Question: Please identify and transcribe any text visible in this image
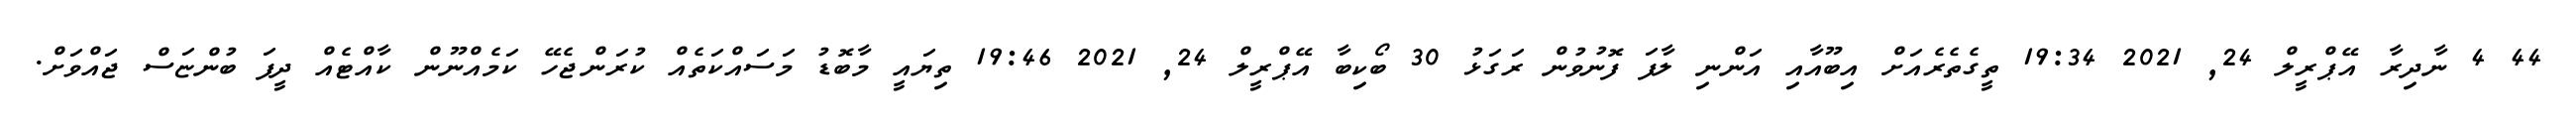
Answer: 44 4 ނާދިރާ އޭޕްރީލް 24, 2021 19:34 ތީގެތެރެއަށް އިބޫއާއި އަންނި ލާފަ ފޮނުވުން ރަގަޅު 30 ބޯކިބާ އޭޕްރީލް 24, 2021 19:46 ތިޔައީ މާބޮޑު މަސައްކަތެއް ކުރަންޖެހޭ ކަމެއްނޫން ކާއްޓެއް ދީފަ ބުންޏަސް ޖައްވަށް.